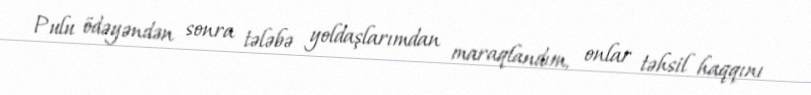
Pulu ödəyəndən sonra tələbə yoldaşlarımdan maraqlandım, onlar təhsil haqqını